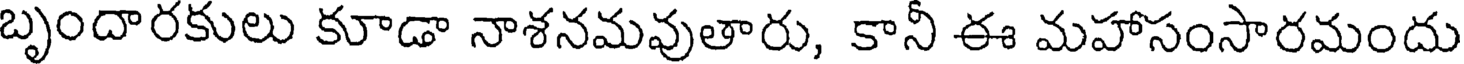
బృందారకులు కూడా నాశనమవుతారు, కానీ ఈ మహాసంసారమందు